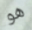
هو